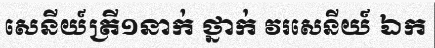
សេនីយ៍ត្រី១នាក់ ថ្នាក់ វរសេនីយ៍ ឯក